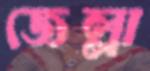
জেল্লা